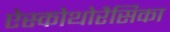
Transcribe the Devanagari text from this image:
ऐस्कोथोरैसिका